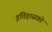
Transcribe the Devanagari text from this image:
इतिहासको